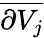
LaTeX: \overline{{\partial V_{j}}}